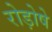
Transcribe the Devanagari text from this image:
रोड़ोषे